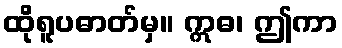
ထိုရူပဓာတ်မှ။ ဣဓ၊ ဤကာ